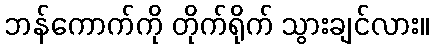
ဘန်ကောက်ကို တိုက်ရိုက် သွားချင်လား။